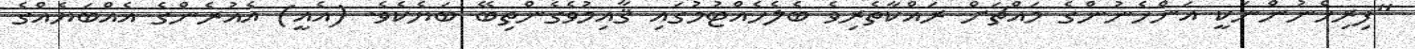
''ފިރިހެނުންނަކީ އަންހެނުންގެ މައްޗަށް ރައްކާތެރިވެ ބެލެހެއްޓުމުގައި ޤާއިމުވެގެންތިބޭ ބަޔެކެވެ. (އެއީ) އެއުރެންގެ އެއްބަޔެއްގެ